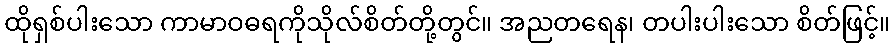
ထိုရှစ်ပါးသော ကာမာဝဓရကိုသိုလ်စိတ်တို့တွင်။ အညတရေန၊ တပါးပါးသော စိတ်ဖြင့်။